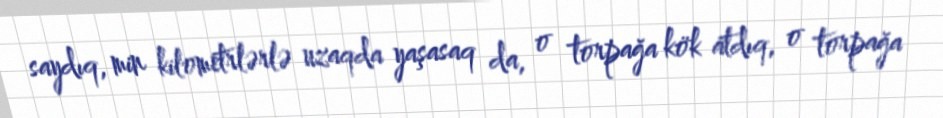
saydıq, min kilometrlərlə uzaqda yaşasaq da, o torpağa kök atdıq, o torpağa